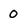
Character: 0